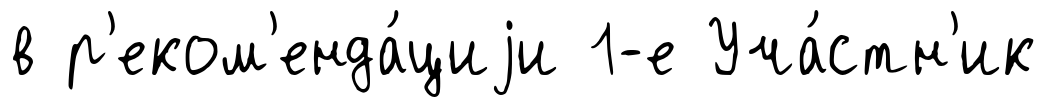
в р'еком'енда́циjи 1-е Уча́стн'ик